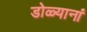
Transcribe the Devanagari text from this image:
डोळ्यानां